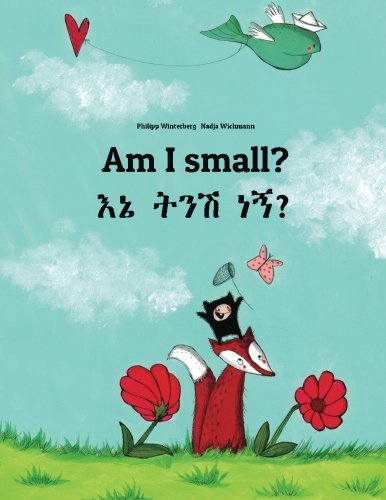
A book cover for Am I small?: Ene tenese nane? Children's Picture Book English-Amharic (Bilingual Edition); Philipp Winterberg; Children's Books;